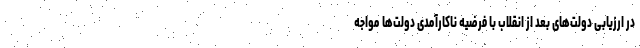
در ارزیابی دولت‌های بعد از انقلاب با فرضیه ناکارآمدی دولت‌ها مواجه